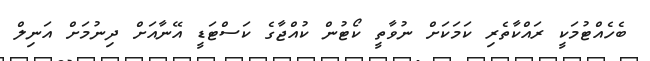
ބެހެއްޓުމަކީ ރައްކާތެރި ކަމަކަށް ނުވާތީ ކޯޓުން ކުއްޖާގެ ކަސްޓަޑީ އޭނާއަށް ދިނުމަށް އަނިލް